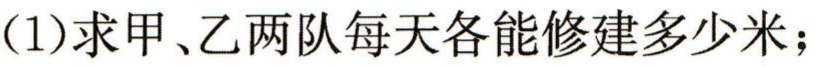
(1)求甲、乙两队每天各能修建多少米；